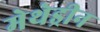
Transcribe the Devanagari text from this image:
मेथेड्रीन